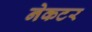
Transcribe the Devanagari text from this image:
नेकटर